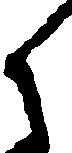
御